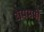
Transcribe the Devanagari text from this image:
शेषमयी